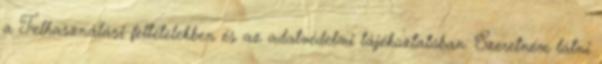
a Felhasználási feltételekben és az adatvédelmi tájékoztatóban. Szeretném látni